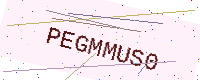
Text: PEGMMUS0